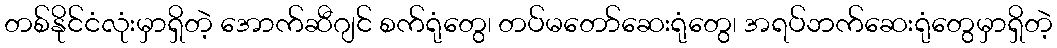
တစ်နိုင်ငံလုံးမှာရှိတဲ့ အောက်ဆီဂျင် စက်ရုံတွေ၊ တပ်မတော်ဆေးရုံတွေ၊ အရပ်ဘက်ဆေးရုံတွေမှာရှိတဲ့